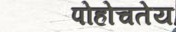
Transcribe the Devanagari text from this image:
पोहोचतेय